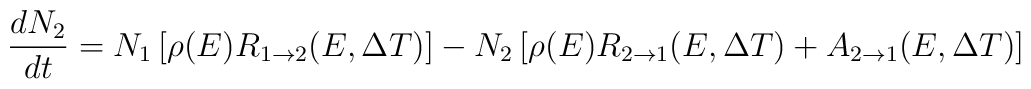
\frac{dN_{2}}{dt}= N_{1}\left[\rho(E) R_{1\rightarrow 2}(E,\Delta T)\right]-N_{2}\left[\rho(E)R_{2\rightarrow 1}(E,\Delta T)+A_{2\rightarrow 1}(E,\Delta T)\right]